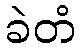
ခဲတံ